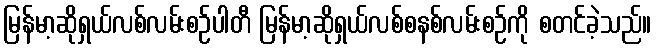
မြန်မာ့ဆိုရှယ်လစ်လမ်းစဉ်ပါတီ မြန်မာ့ဆိုရှယ်လစ်စနစ်လမ်းစဉ်ကို စတင်ခဲ့သည်။